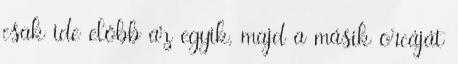
csak ide előbb az egyik, majd a másik orcáját